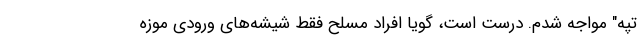
تپه" مواجه شدم. درست است، گویا افراد مسلح فقط شیشه‌های ورودی موزه